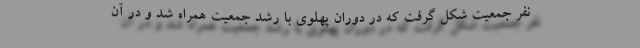
نفر جمعیت شکل گرفت که در دوران پهلوی با رشد جمعیت همراه شد و در آن